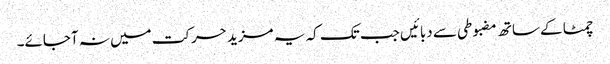
چمٹا کے ساتھ مضبوطی سے دبائیں جب تک کہ یہ مزید حرکت میں نہ آجائے۔